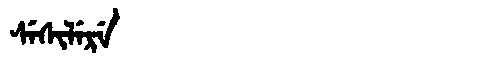
Manchu: ᠰᡝᠰᡳᠯᡝᡵᡝ
Romanization: SESILERE